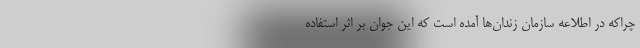
چراکه در اطلاعه سازمان زندان‌ها آمده است که این جوان بر اثر استفاده